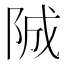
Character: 𨹚